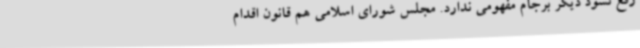
رفع نشود دیگر برجام مفهومی ندارد. مجلس شورای اسلامی هم قانون اقدام